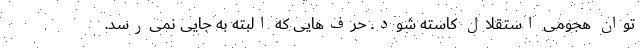
توان هجومی استقلال کاسته شود. حرف‌هایی که البته به جایی نمی‌رسد.